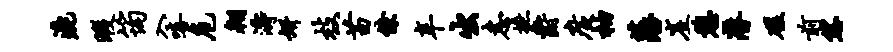
漉暇筠入嘻危翱涛妍枝苗僚辛出恚摭爵广柚藩崖憩潜磋前恁